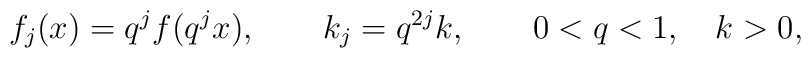
f_j(x)=q^j f(q^j x),\qquad k_j= q^{2j}k, \qquad 0<q<1, \quad k>0,